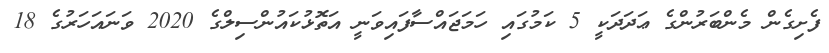
ފެށިިގެން މެންބަރުންގެ ޢަދަދަކީ 5 ކަމުގައި ހަމަޖައްސާފައިވަނީ އަތޮޅުކައުންސިލްގެ 2020 ވަނައަހަރުގެ 18